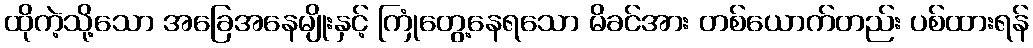
ထိုကဲ့သို့သော အခြေအနေမျိုးနှင့် ကြုံတွေ့နေရသော မိခင်အား တစ်ယောက်တည်း ပစ်ထားရန်